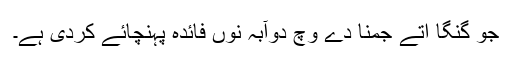
جو گنگا اتے جمنا دے وچّ دوآبہ نوں فائدہ پہنچائے کردی ہے۔